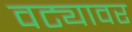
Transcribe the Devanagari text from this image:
वट्यावर